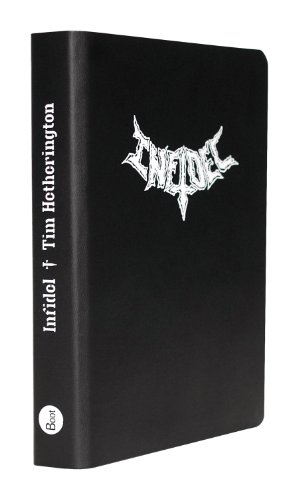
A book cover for Tim Hetherington: Infidel; Arts & Photography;